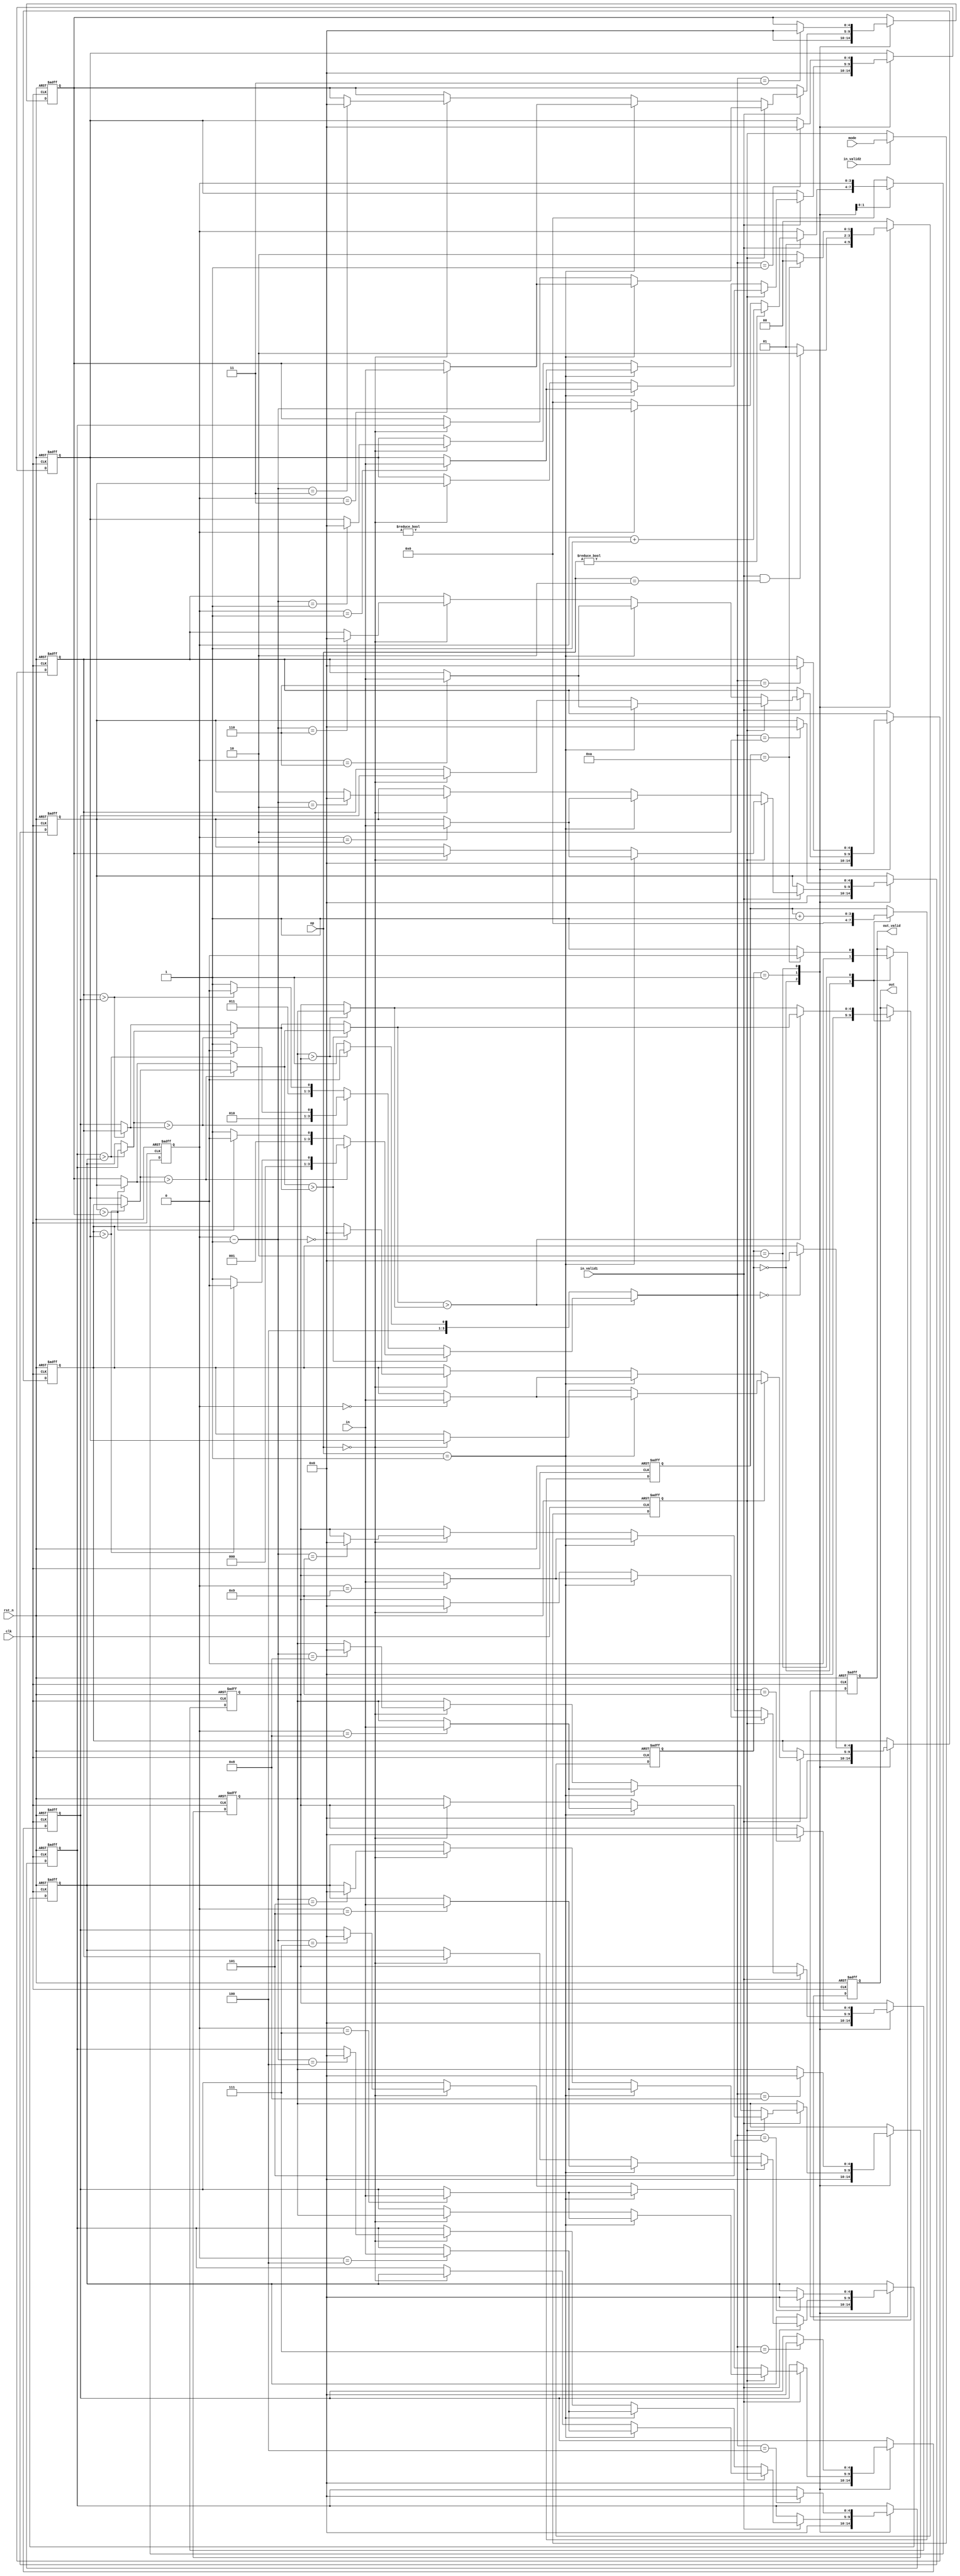
module SORT(
  // Input signals
  clk,
  rst_n,
  in_valid1,
  in_valid2,
  in,
  mode,
  op,
  // Output signals
  out_valid,
  out
);
//---------------------------------------------------------------------
//   INPUT AND OUTPUT DECLARATION                         
//---------------------------------------------------------------------

input clk;
input rst_n;
input mode;
input in_valid1, in_valid2;
input [4:0] in;
input [1:0] op;
output reg out_valid;
output reg [4:0] out;

//---------------------------------------------------------------------
// PARAMETER DECLARATION
//---------------------------------------------------------------------

parameter IDLE=0;
parameter INPUT=1;
parameter OUTPUT=2;

//---------------------------------------------------------------------
//   WIRE AND REG DECLARATION                             
//---------------------------------------------------------------------

integer i;

reg mo;
reg [1:0] cState, nState;
reg [3:0] count;
reg [4:0] queue [0:9];
reg [3:0] back;
//reg [3:0] front, back;

wire [4:0] l1;
wire [4:0] l2 [0:2];
wire [4:0] l3 [0:3];
wire [4:0] l4 [0:5];
wire [3:0] p1;
wire [3:0] p2 [0:2];
wire [3:0] p3 [0:3];
wire [3:0] p4 [0:5];

//---------------------------------------------------------------------
//   Combinational Circuits
//---------------------------------------------------------------------

assign l1 = l2[0] > l2[1] ? l2[0] : l2[1];
assign p1 = l2[0] > l2[1] ? p2[0] : p2[1];
assign l2[0] = l3[0] > l3[1] ? l3[0] : l3[1];
assign p2[0] = l3[0] > l3[1] ? p3[0] : p3[1];
assign l2[1] = l3[2];
assign p2[1] = p3[2];
assign l3[0] = l4[0] > l4[1] ? l4[0] : l4[1];
assign p3[0] = l4[0] > l4[1] ? p4[0] : p4[1];
assign l3[1] = l4[2] > l4[3] ? l4[2] : l4[3];
assign p3[1] = l4[2] > l4[3] ? p4[2] : p4[3];
assign l3[2] = l4[4];
assign p3[2] = p4[4];
assign l4[0] = queue[0] > queue[1] ? queue[0] : queue[1];
assign p4[0] = queue[0] > queue[1] ? 0 : 1;
assign l4[1] = queue[2] > queue[3] ? queue[2] : queue[3];
assign p4[1] = queue[2] > queue[3] ? 2 : 3;
assign l4[2] = queue[4] > queue[5] ? queue[4] : queue[5];
assign p4[2] = queue[4] > queue[5] ? 4 : 5;
assign l4[3] = queue[6] > queue[7] ? queue[6] : queue[7];
assign p4[3] = queue[6] > queue[7] ? 6 : 7;
assign l4[4] = queue[8] > queue[9] ? queue[8] : queue[9];
assign p4[4] = queue[8] > queue[9] ? 8 : 9;

//---------------------------------------------------------------------
//   Finite-State Mechine                                          
//---------------------------------------------------------------------

// cState
always@(posedge clk, negedge rst_n)
begin
    if(!rst_n) cState <= IDLE;
    else cState <= nState;
end

// nState
always@(*)
begin
    case(cState)
        IDLE: if(in_valid2) nState = INPUT;
            else nState = INPUT;
        INPUT: if(in_valid1 && op == 2) nState = OUTPUT;
            else nState = INPUT;
        OUTPUT: if(count == 10) nState = IDLE;
            else nState = OUTPUT;
        default: nState = IDLE;
    endcase
end

//---------------------------------------------------------------------
//   Design Description                                          
//---------------------------------------------------------------------

// mo
always@(posedge clk, negedge rst_n)
begin
    if(!rst_n) mo <= 0;
    else begin
        if(in_valid2) mo <= mode;
        else mo <= mo;
    end
end

// back
always@(posedge clk, negedge rst_n)
begin
    if(!rst_n) back <= 0;
    else begin
        case(cState)
            IDLE: back <= 0;
            INPUT: begin
                if(in_valid1) begin
                    if(op) begin                    // queue mode
                        back <= back+1;
                    end else begin                  // stack mode
                        if(back != 0) back <= back-1;
                        else back <= 0;
                    end
                end
            end
            OUTPUT: back <= back;
            default: back <= 0;
        endcase
    end
end

// queue
always@(posedge clk, negedge rst_n)
begin
    if(!rst_n) for(i = 0; i < 10; i=i+1) queue[i] <= 0;
    else begin
        case(cState)
            IDLE: for(i = 0; i < 10; i=i+1) queue[i] <= 0;
            INPUT: begin
                if(in_valid1) begin
                    if(mo) begin                    // queue mode
                        if(op == 1) queue[back] <= in;
                        else if(op == 0) begin
                            for(i = 0; i < 9; i=i+1) queue[i] <= queue[i+1];
                            queue[9] <= 0;
                        end else for(i = 0; i < 10; i=i+1) queue[i] <= queue[i];
                    end else begin                  // stack mode
                        if(op == 1) queue[back] <= in;
                        else if(op == 0) queue[back-1] <= 0;
                        else for(i = 0; i < 10; i=i+1) queue[i] <= queue[i];
                    end
                end else for(i = 0; i < 10; i=i+1) queue[i] <= queue[i];
            end
            OUTPUT: queue[p1] <= 0;
            default: for(i = 0; i < 10; i=i+1) queue[i] <= queue[i];
        endcase
    end
end

// count
always@(posedge clk, negedge rst_n)
begin
    if(!rst_n) count <= 0;
    else begin
        case(cState)
            IDLE: count <= 0;
            INPUT: count <= count;
            OUTPUT: begin
                count <= count + 1;
            end
            default: count <= count;
        endcase
    end
end

// out_valid
always@(posedge clk, negedge rst_n)
begin
    if(!rst_n) out_valid <= 0;
    else begin
        case(cState)
            IDLE: out_valid <= 0;
            INPUT: out_valid <= out_valid;
            OUTPUT: begin
                if(count == 10) out_valid <= 0;
                else out_valid <= 1;
            end
            default: out_valid <= out_valid;
        endcase
    end
end

// out
always@(posedge clk, negedge rst_n)
begin
    if(!rst_n) out <= 0;
    else begin
        case(cState)
            IDLE: out <= 0;
            INPUT: out <= out;
            OUTPUT: begin
                out <= l1;
            end
            default: out <= out;
        endcase
    end
end

endmodule